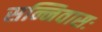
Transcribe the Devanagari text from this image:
सन्निवासः